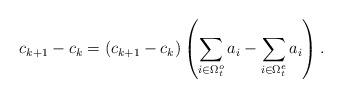
LaTeX: \begin{align*} c_{k+1}-c_{k}=(c_{k+1}-c_{k})\left( \sum_{i\in \Omega_t^o}a_i-\sum_{i\in \Omega_t^e}a_i \right).\end{align*}